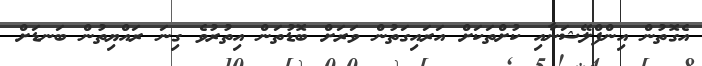
އެގޮތުން އިންފްލޭޝަނާއި ކުށްތަކަށް އަރައިގަތުން ވަރަށް ބޮޑުތަން އިތުރުވެ ގިނަ ރައްޔިތުން ބަނޑަށް